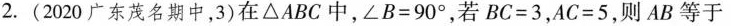
2.(2020广东茂名期中，3)在△ABC中，$$∠ B = 9 0 °$$，若 $$B C = 3$$，$$A C = 5$$，则AB等于